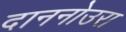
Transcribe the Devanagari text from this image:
दाननोउरा